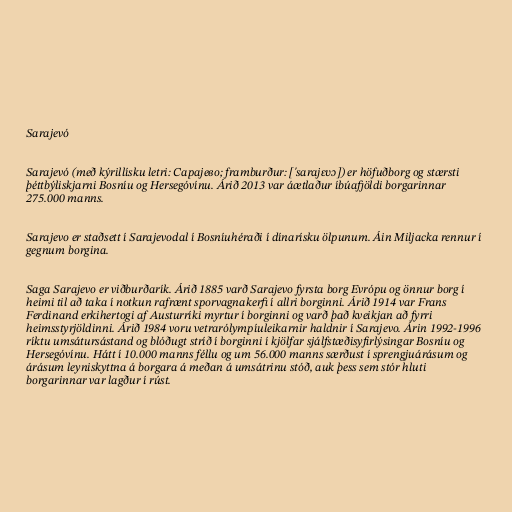
Sarajevó

Sarajevó (með kýrillísku letri: Сарајево; framburður: ['sarajɛʋɔ]) er höfuðborg og stærsti
þéttbýliskjarni Bosníu og Hersegóvínu. Árið 2013 var áætlaður íbúafjöldi borgarinnar
275.000 manns.

Sarajevo er staðsett í Sarajevodal í Bosníuhéraði í dínarísku ölpunum. Áin Miljacka rennur í
gegnum borgina.

Saga Sarajevo er viðburðarík. Árið 1885 varð Sarajevo fyrsta borg Evrópu og önnur borg í
heimi til að taka í notkun rafrænt sporvagnakerfi í allri borginni. Árið 1914 var Frans
Ferdinand erkihertogi af Austurríki myrtur í borginni og varð það kveikjan að fyrri
heimsstyrjöldinni. Árið 1984 voru vetrarólympíuleikarnir haldnir í Sarajevo. Árin 1992-1996
ríktu umsátursástand og blóðugt stríð í borginni í kjölfar sjálfstæðisyfirlýsingar Bosníu og
Hersegóvínu. Hátt í 10.000 manns féllu og um 56.000 manns særðust í sprengjuárásum og
árásum leyniskyttna á borgara á meðan á umsátrinu stóð, auk þess sem stór hluti
borgarinnar var lagður í rúst.